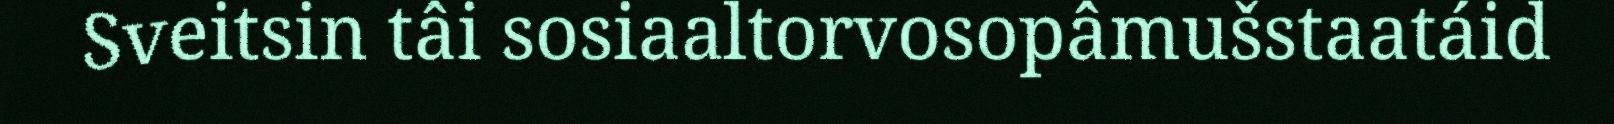
Sveitsin tâi sosiaaltorvosopâmušstaatáid